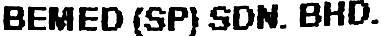
BEMED (SP) SDN. BHD.